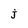
Character: j